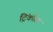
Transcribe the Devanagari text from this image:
ट्रिंकौस